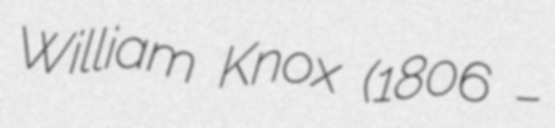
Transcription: William Knox (1806 –